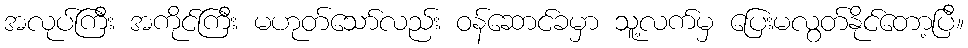
အလုပ်ကြီး အကိုင်ကြီး မဟုတ်သော်လည်း ဝန်ဆောင်ခမှာ သူ့လက်မှ ပြေးမလွတ်နိုင်တော့ပြီ။